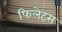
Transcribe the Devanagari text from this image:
फिलेटस